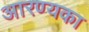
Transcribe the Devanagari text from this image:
आरण्यका